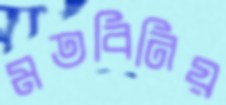
মতবিনিয়